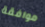
موافقة